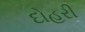
દોહરી